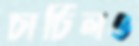
চার্চিলও